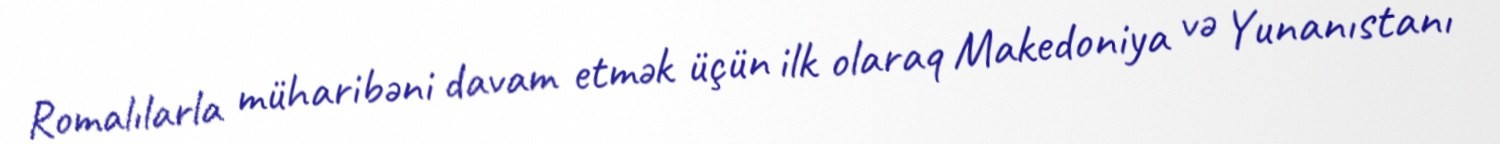
Romalılarla müharibəni davam etmək üçün ilk olaraq Makedoniya və Yunanıstanı